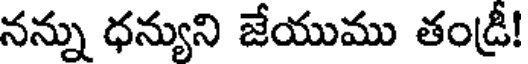
నన్ను ధన్యుని జేయుము తండ్రీ!